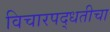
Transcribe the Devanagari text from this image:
विचारपद्धतीचा